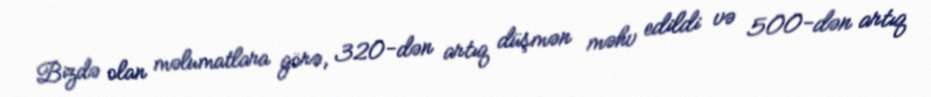
Bizdə olan məlumatlara görə, 320-dən artıq düşmən məhv edildi və 500-dən artıq